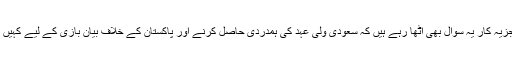
پاکستان سے شہزادہ محمد نے بھارت کے دورے پر جانا ہے ،تجزیہ کار یہ سوال بھی اٹھا رہے ہیں کہ سعودی ولی عہد کی ہمدردی حاصل کرنے اور پاکستان کے خلاف بیان بازی کے لیے کہیں مودی سرکار نے ماضی کی طرح کا گھٹیا حربہ تو نہیں آزمایا ۔